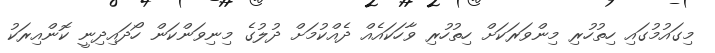
މިގައުމުގައި ހިތުހުރި މިންވަރަކަށް ހިތުހުރި ވާހަކައެއް ދެއްކުމަށް ދުލުގެ މިނިވަންކަން ހޯދައިދިނީ ކޮންއިރަކު